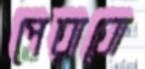
পেরাবো